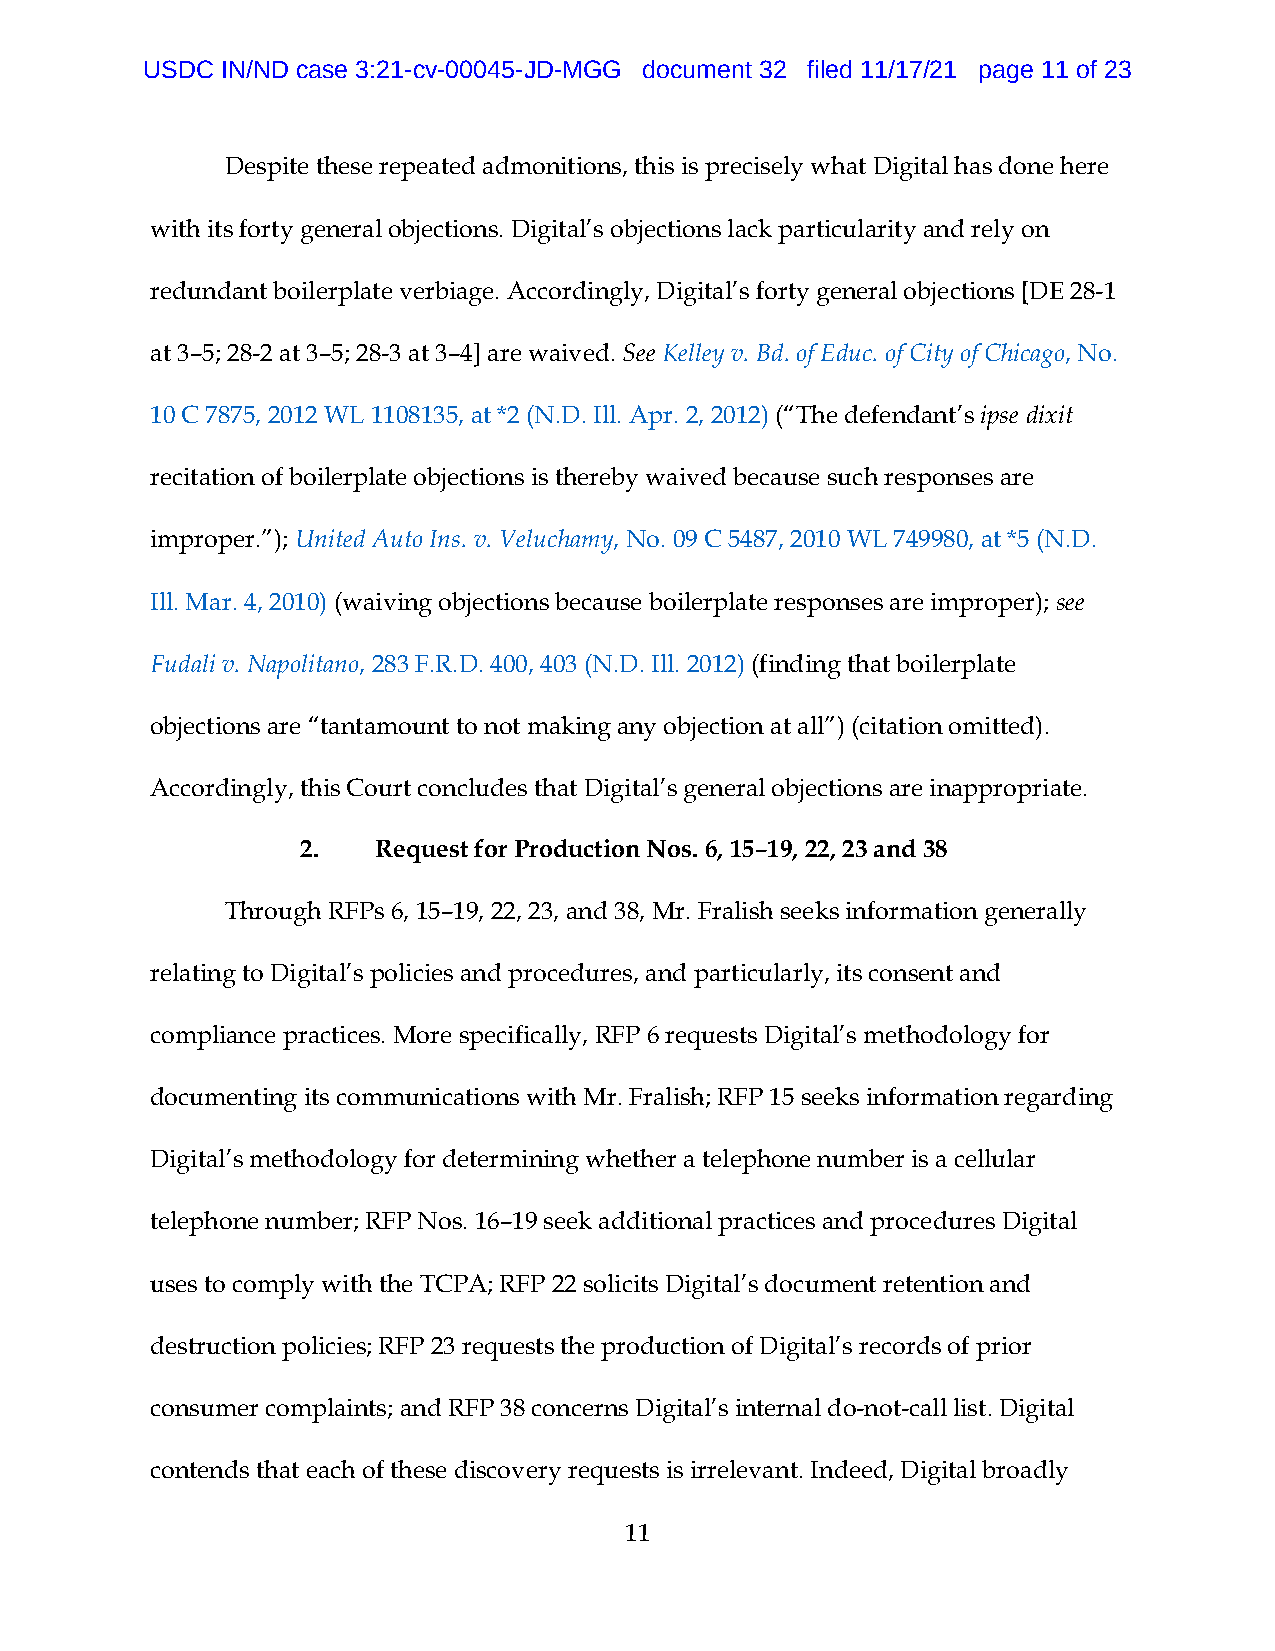
USDC  IN/ND case 3:21-cv-00045-JD-MGG document 32 filed 11/17/21 page 11 of 23
 Despite these repeated admonitions, this is precisely what Digital has done here
 with its forty general objections. Digital’s objections lack particularity and rely on
 redundant boilerplate verbiage. Accordingly, Digital’s forty general objections [DE 28-1
 at 3–5; 28-2 at 3–5; 28-3 at 3–4] are waived. See Kelley v. Bd. of Educ. of City of Chicago, No.
 10 C 7875, 2012 WL 1108135, at *2 (N.D. Ill. Apr. 2, 2012) (“The defendant’s ipse dixit
 recitation of boilerplate objections is thereby waived because such responses are
 improper.”); United Auto Ins. v. Veluchamy, No. 09 C 5487, 2010 WL 749980, at *5 (N.D.
 Ill. Mar. 4, 2010) (waiving objections because boilerplate responses are improper); see
 Fudali v. Napolitano, 283 F.R.D. 400, 403 (N.D. Ill. 2012) (finding that boilerplate
 objections are “tantamount to not making any objection at all”) (citation omitted).
 Accordingly, this Court concludes that Digital’s general objections are inappropriate.
 2.   Request for Production Nos. 6, 15–19, 22, 23 and 38
 Through RFPs 6, 15–19, 22, 23, and 38, Mr. Fralish seeks information generally
 relating to Digital’s policies and procedures, and particularly, its consent and
 compliance practices. More specifically, RFP 6 requests Digital’s methodology for
 documenting its communications with Mr. Fralish; RFP 15 seeks information regarding
 Digital’s methodology for determining whether a telephone number is a cellular
 telephone number; RFP Nos. 16–19 seek additional practices and procedures Digital
 uses to comply with the TCPA; RFP 22 solicits Digital’s document retention and
 destruction policies; RFP 23 requests the production of Digital’s records of prior
 consumer complaints; and RFP 38 concerns Digital’s internal do-not-call list. Digital
 contends that each of these discovery requests is irrelevant. Indeed, Digital broadly
 11